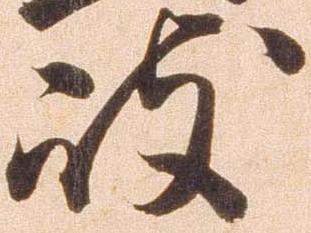
岐